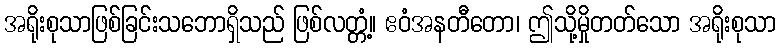
အရိုးစုသာဖြစ်ခြင်းသဘောရှိသည် ဖြစ်လတ္တံ့။ ဧဝံအနတီတော၊ ဤသို့မှိုတတ်သော အရိုးစုသာ